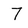
Character: T